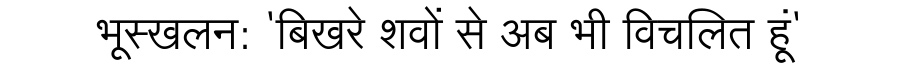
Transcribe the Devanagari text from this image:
भूस्खलन: 'बिखरे शवों से अब भी विचलित हूं'